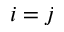
i = j